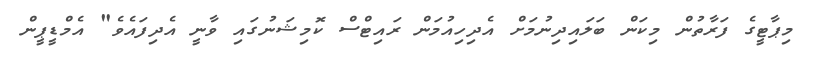
މިޕާޓީގެ ފަރާތުން މިކަން ބަލައިދިނުމަށް އެދިހިއުމަން ރައިޓްސް ކޮމިޝަނުގައި ވާނީ އެދިފައެވެ" އެމްޑީޕީން